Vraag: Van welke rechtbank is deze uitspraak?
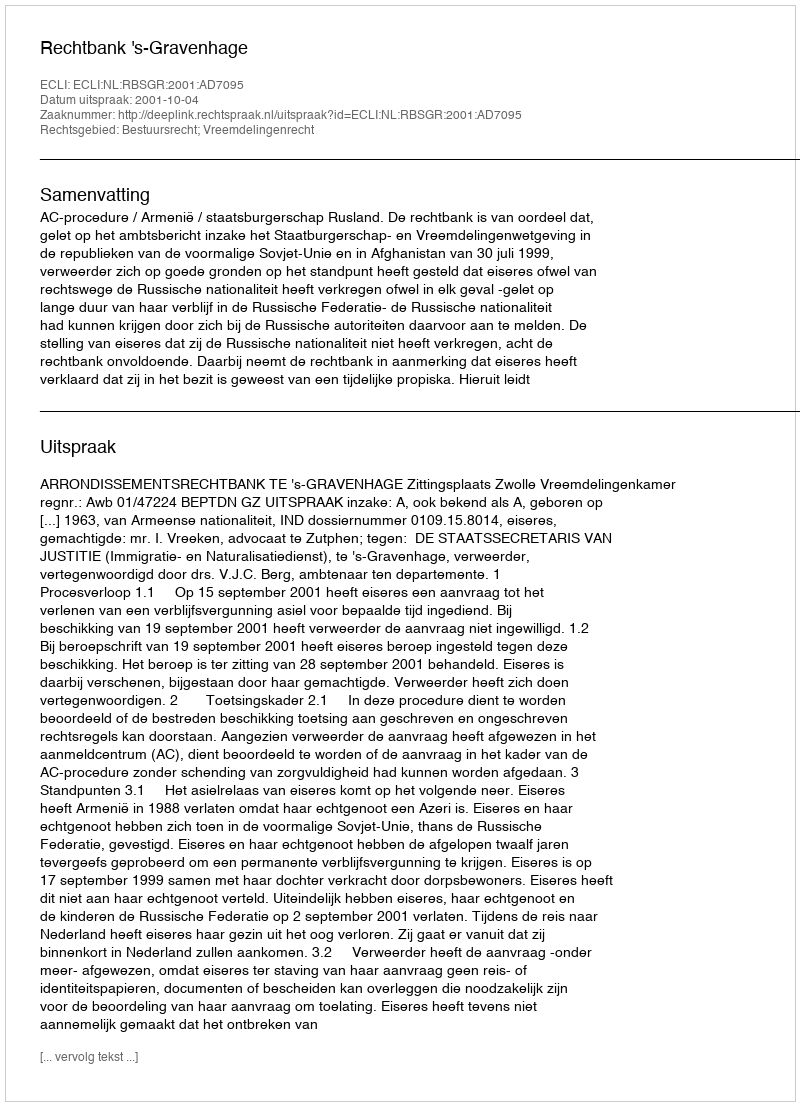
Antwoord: Rechtbank 's-Gravenhage